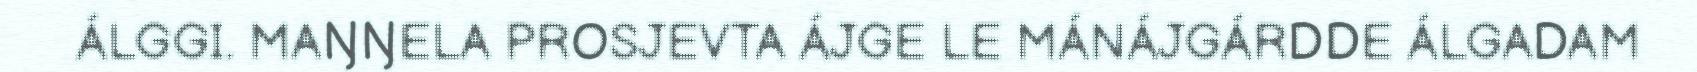
ÁLGGI. MAŊŊELA PROSJEVTA ÁJGE LE MÁNÁJGÁRDDE ÁLGADAM